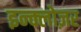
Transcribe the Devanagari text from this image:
इन्क्लोज़र